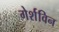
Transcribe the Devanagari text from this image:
गेर्शविन